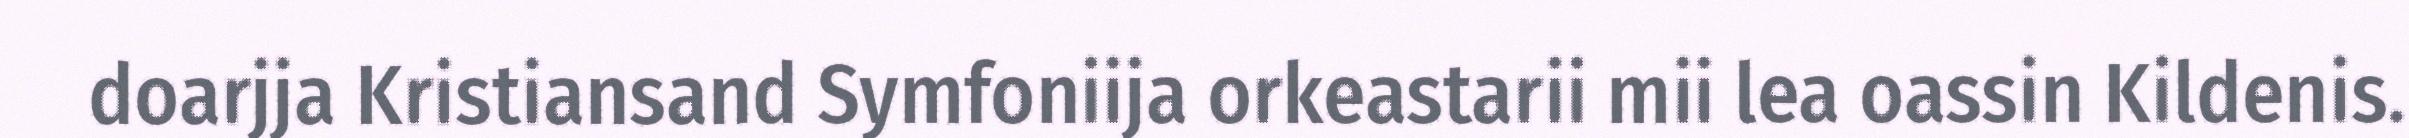
doarjja Kristiansand Symfoniija orkeastarii mii lea oassin Kildenis.